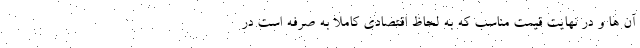
آن ها و در نهایت قیمت مناسب که به لحاظ اقتصادی کاملا به صرفه است در